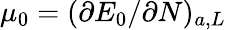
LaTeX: \mu_{0}=(\partial E_{0}/\partial N)_{a,L}